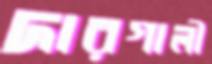
দারগালী